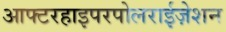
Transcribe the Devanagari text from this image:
आफ्टरहाइपरपोलराईज़ेशन